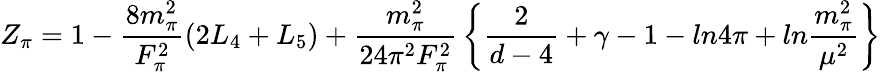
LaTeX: Z_{\pi}=1-{\frac{8m_{\pi}^{2}}{F_{\pi}^{2}}}(2L_{4}+L_{5})+{\frac{m_{\pi}^{2}}{24\pi^{2}F_{\pi}^{2}}}\left\{ {\frac{2}{d-4}}+\gamma-1-ln4\pi+ln{\frac{m_{\pi}^{2}}{\mu^{2}}}\right\}